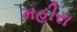
મહીરા